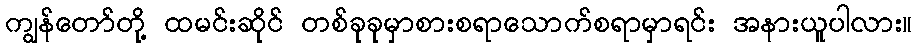
ကျွန်တော်တို့ ထမင်းဆိုင် တစ်ခုခုမှာစားစရာသောက်စရာမှာရင်း အနားယူပါလား။